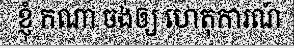
ខ្ញុំ កណា ចង់ឲ្យ ហេតុការណ៍